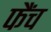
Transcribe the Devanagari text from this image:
फैंच